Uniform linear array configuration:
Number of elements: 4
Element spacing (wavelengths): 0.5
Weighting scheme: kaiser
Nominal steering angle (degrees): -15
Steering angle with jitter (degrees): -16.277
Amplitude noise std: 0.05
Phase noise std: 0.05

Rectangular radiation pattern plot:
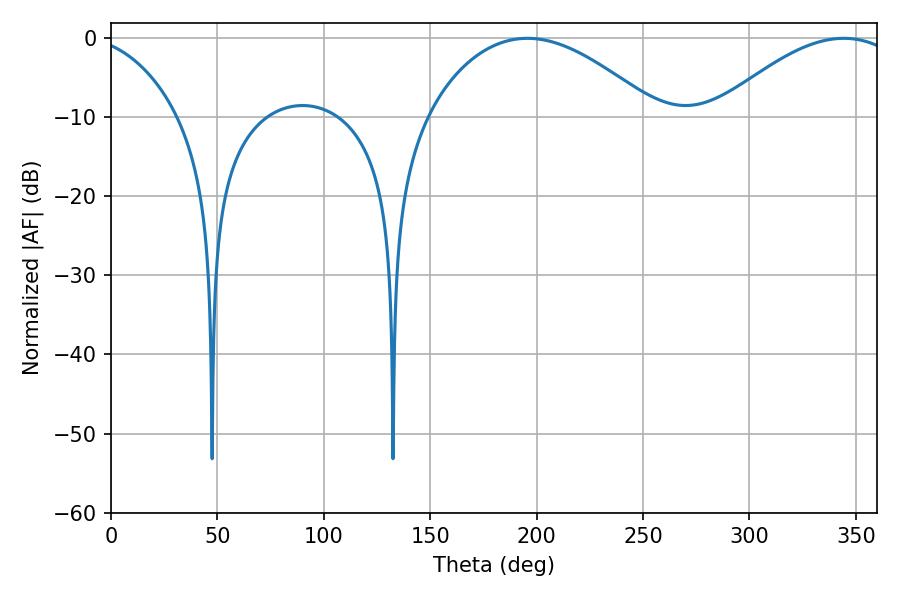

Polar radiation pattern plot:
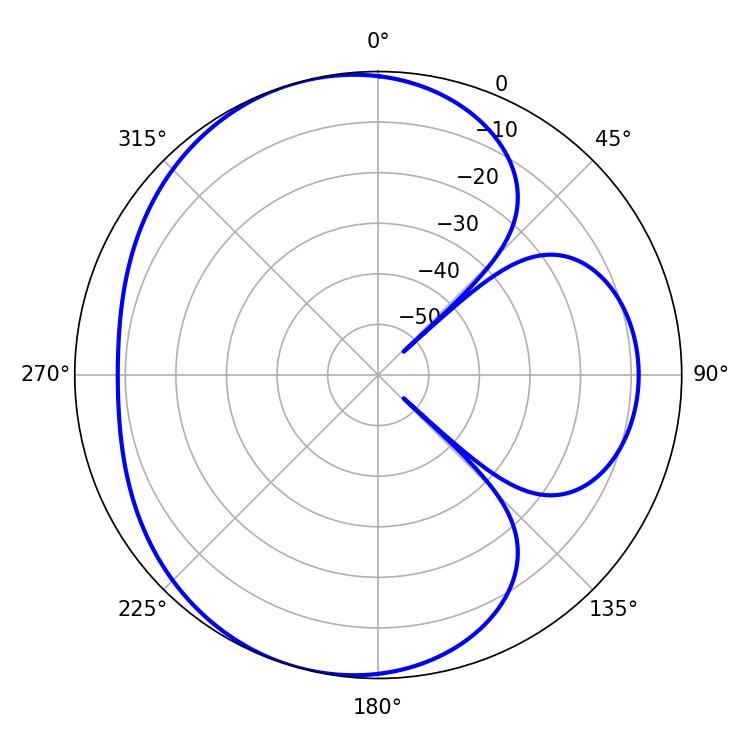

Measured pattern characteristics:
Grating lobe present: FALSE
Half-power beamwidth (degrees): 59.58
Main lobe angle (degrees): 195.66